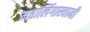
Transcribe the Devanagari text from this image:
महालिंगास्वामी